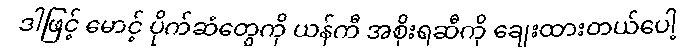
ဒါဖြင့် မောင့် ပိုက်ဆံတွေကို ယန်ကီ အစိုးရဆီကို ချေးထားတယ်ပေါ့